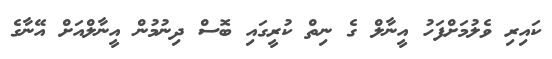
ކައިރި ވެލުމަށްފަހު އީނާލް ގެ ނިތް ކުރީގައި ބޮސް ދިނުމުން އީނާލްއަށް އޭނާގެ